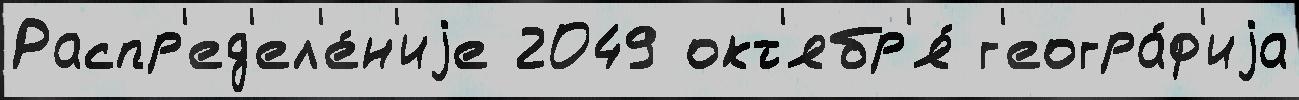
Распр'ед'ел'е́н'иjе 2049 окт'ябр'я́ г'еогра́ф'иjа